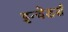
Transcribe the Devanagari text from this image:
इन्वेडर्स